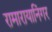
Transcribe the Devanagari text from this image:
रामारायानिंगर